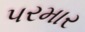
પરમાર